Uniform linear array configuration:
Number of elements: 64
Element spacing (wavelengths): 0.5
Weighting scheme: blackman
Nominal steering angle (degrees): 15
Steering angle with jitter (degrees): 14.311
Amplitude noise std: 0.05
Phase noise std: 0.05

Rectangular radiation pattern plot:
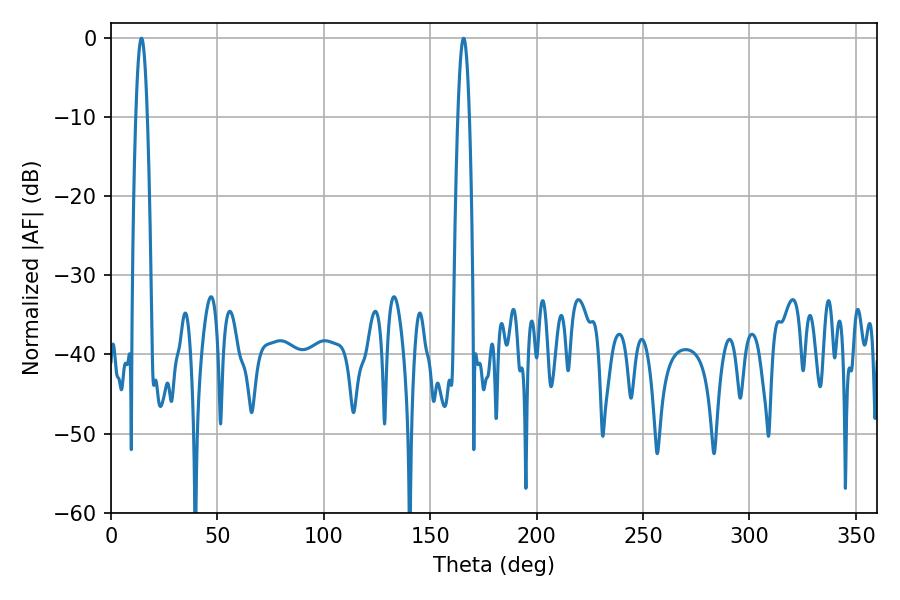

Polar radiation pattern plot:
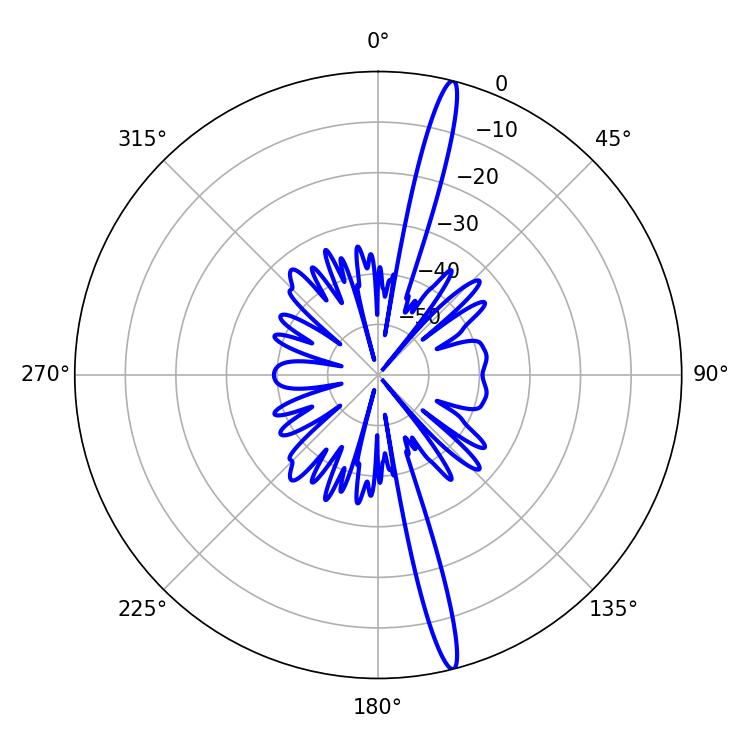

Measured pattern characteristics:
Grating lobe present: FALSE
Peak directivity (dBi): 18.533
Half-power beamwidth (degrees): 3.06
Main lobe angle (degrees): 14.4